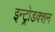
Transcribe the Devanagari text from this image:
इन्ट्रोडक्शन